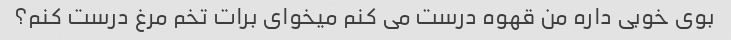
بوی خوبی داره من قهوه درست می کنم میخوای برات تخم مرغ درست کنم؟